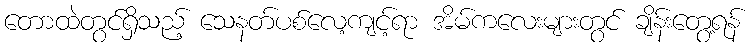
တောထဲတွင်ရှိသည့် သေနတ်ပစ်လေ့ကျင့်ရာ အိမ်ကလေးများတွင် ချိန်းတွေ့ရန်